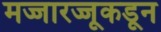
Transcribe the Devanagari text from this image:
मज्जारज्जूकडून